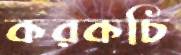
করকচি